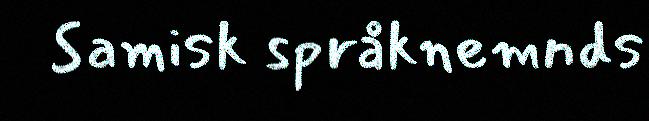
Samisk språknemnds